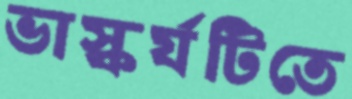
ভাস্কর্যটিতে